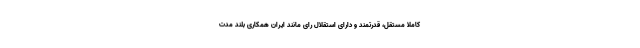
کاملا مستقل، قدرتمند و دارای استقلال رای مانند ایران همکاری بلند مدت